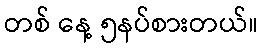
တစ် နေ့ ၅နပ်စားတယ်။